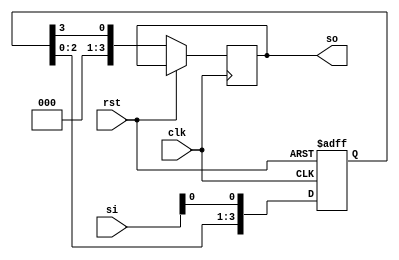
`timescale 1ns / 1ps
//////////////////////////////////////////////////////////////////////////////////
// Company: 
// Engineer: 
// 
// Design Name: 
// Module Name: siso
// Project Name: 
// Target Devices: 
// Tool Versions: 
// Description: 
// 
// Dependencies: 
// 
// Revision:
// Revision 0.01 - File Created
// Additional Comments:
// 
//////////////////////////////////////////////////////////////////////////////////


module siso(clk,rst,si,so);
input clk,rst;
input [3:0]si;
output reg [3:0] so;
reg[3:0]temp;

always@(posedge clk , posedge rst)
    begin
        if(rst)
            temp<=0;
       
        else
            begin
            
            temp<=temp<<1;
            temp[0]<=si;
            so = temp[3];
            end
       end
 endmodule